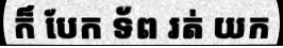
ក៏ បែក ទ័ព រត់ យក